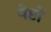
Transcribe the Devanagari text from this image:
पेप्टो